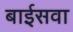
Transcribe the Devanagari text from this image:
बाईसवा